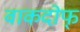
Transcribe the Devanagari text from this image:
वाकदोफ्